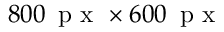
8 0 0 \, \textrm { p x } \times 6 0 0 \, \textrm { p x }